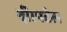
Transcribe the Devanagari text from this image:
दी।पटेल